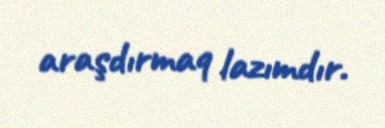
araşdırmaq lazımdır.